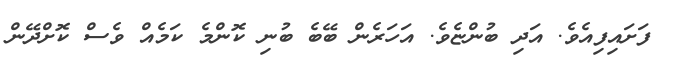
ފަށައިފިއެވެ. އަދި ބުންޏެވެ. އަހަރެން ބޭބެ ބުނި ކޮންމެ ކަމެއް ވެސް ކޮށްދޭން